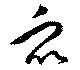
衆